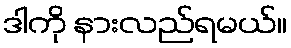
ဒါကို နားလည်ရမယ်။